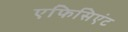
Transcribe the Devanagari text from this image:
एफिसिएंट